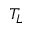
T _ { L }